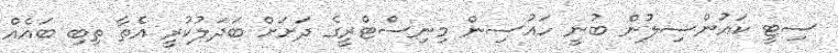
ސިޓީ ކައުންސިލުން ބުނީ ހައުސިން މިނިސްޓްރީގެ ދަށަށް ބަދަލުކުރީ އެތާ ތިބި ބައެއް